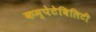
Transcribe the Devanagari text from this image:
कम्पेटेबिलिटी